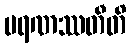
မရဏဿတီတိ